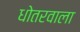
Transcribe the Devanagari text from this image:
धोतरवाला